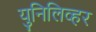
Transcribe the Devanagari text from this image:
युनिलिव्हर